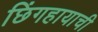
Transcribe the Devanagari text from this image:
छिंगहायाची